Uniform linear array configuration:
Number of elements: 24
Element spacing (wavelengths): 0.75
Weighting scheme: blackman
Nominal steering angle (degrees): -30
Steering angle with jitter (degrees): -31.15
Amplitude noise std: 0.05
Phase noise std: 0.05

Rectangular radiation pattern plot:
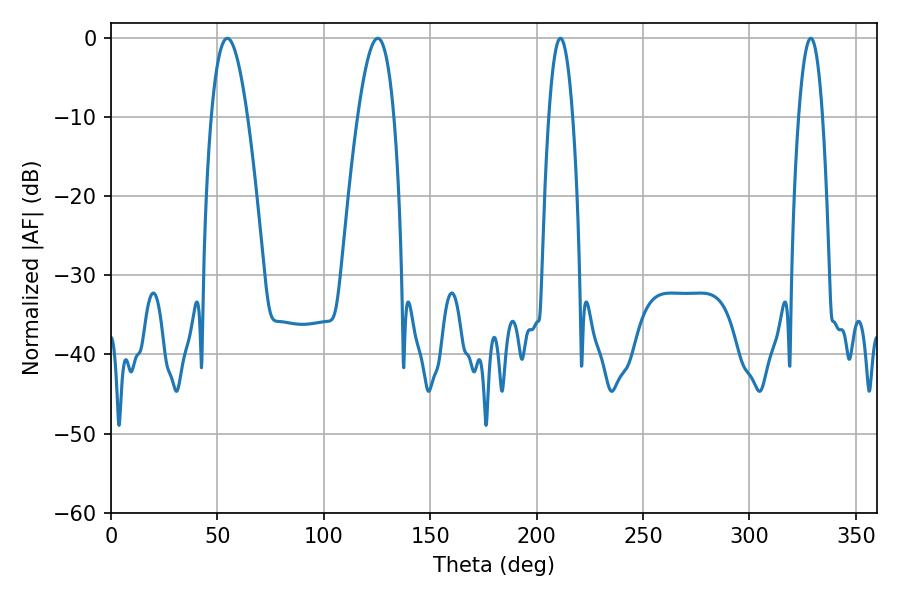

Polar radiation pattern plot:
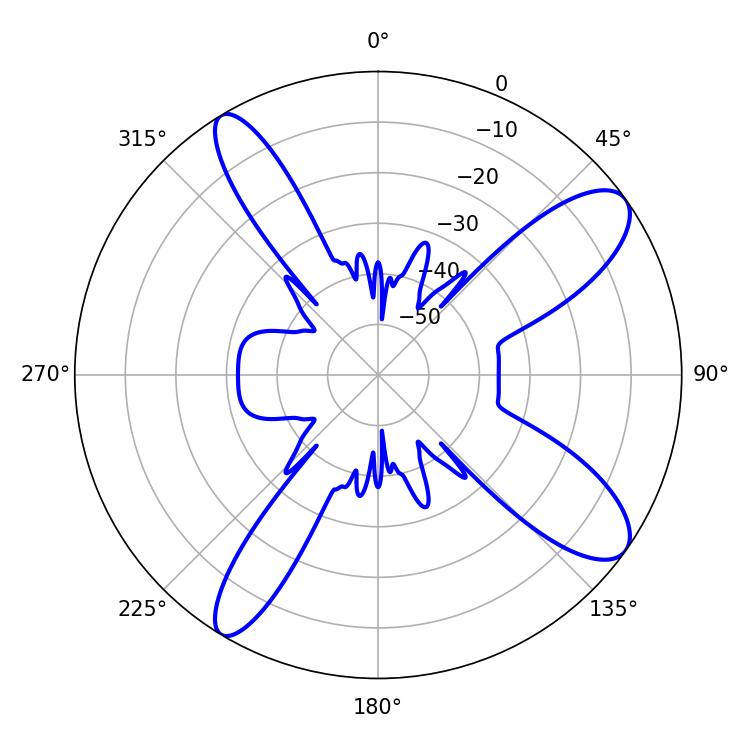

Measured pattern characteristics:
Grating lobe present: TRUE
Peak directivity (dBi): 10.801
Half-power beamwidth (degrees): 6.3
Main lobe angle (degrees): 211.14